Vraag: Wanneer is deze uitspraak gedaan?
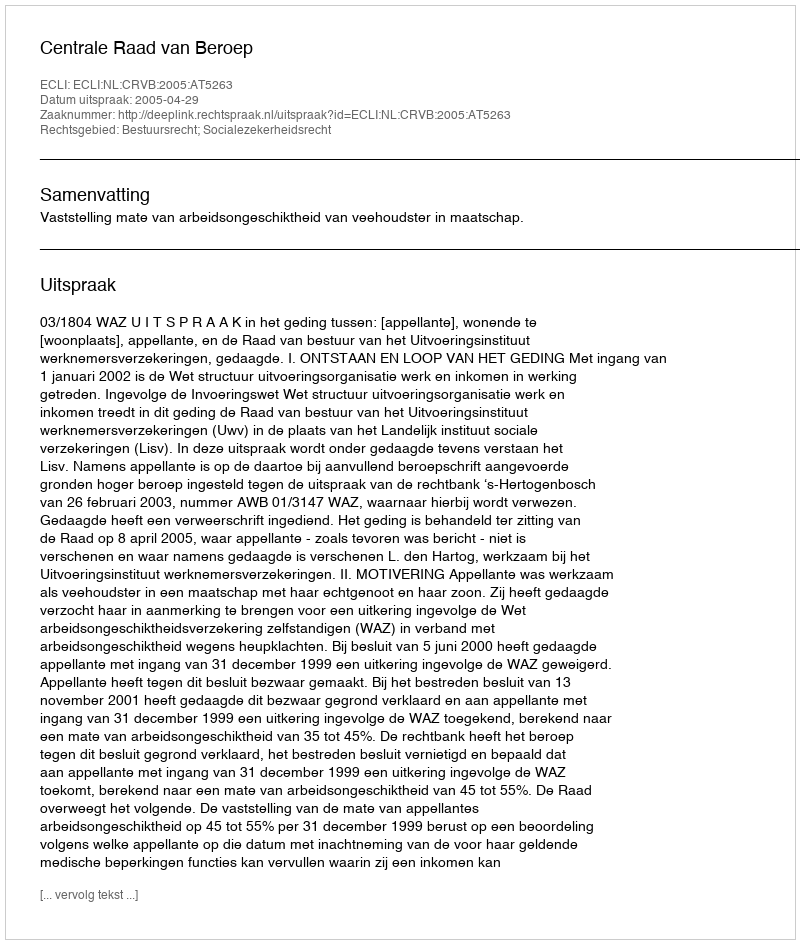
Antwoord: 2005-04-29